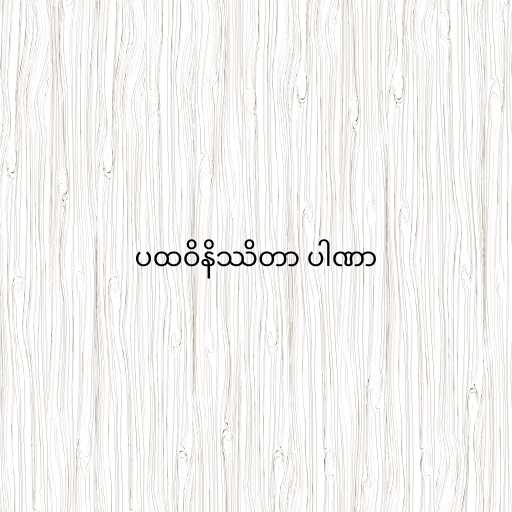
ပထဝိနိဿိတာ ပါဏာ